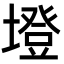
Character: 墱